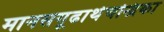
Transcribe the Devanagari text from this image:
मानसगूढार्थचन्द्रिका